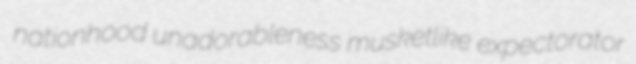
nationhood unadorableness musketlike expectorator